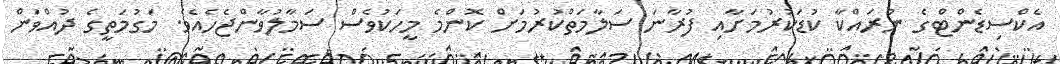
އެކްސިޑެންޓްގެ ނުރައްކާ ކުޑަކުރުމަށާއި ފުރާނަ ސަލާމަތްކުރުމަށް ކޮންމެ މީހަކުވެސް ސަމާލުވާންޖެހެއެވެ. މަގުމަތީގެ ދުއްވަން